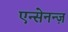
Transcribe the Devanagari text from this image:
एन्सेनन्ज़